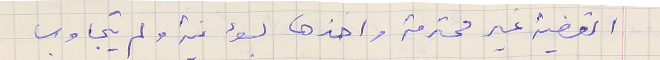
القضية غير محترمة واخذها بسؤ نية ولم يتجاوب